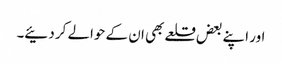
اور اپنے بعض قلعے بھی ان کے حوالے کر دئیے۔